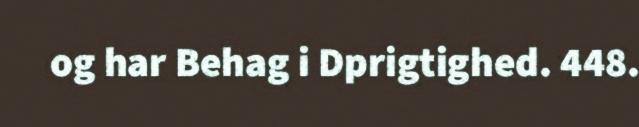
og har Behag i Dprigtighed. 448.